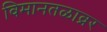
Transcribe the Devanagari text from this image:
विमानतळाव्रर